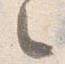
々